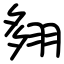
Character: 翗